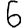
Digit: 6